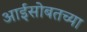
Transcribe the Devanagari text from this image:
आईसोबतच्या